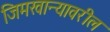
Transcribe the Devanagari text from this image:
जिमखान्यावरील